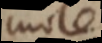
iol